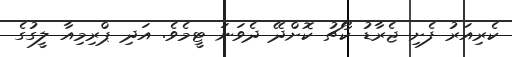
ކެރިއަރު ފެށި ޖެރާޑު ކޯޗު ކޮށްދޭ ދެވަނަ ޓީމެވެ. އަދި ޕްރިމިއާ ލީގުގެ